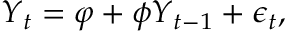
\boldsymbol { Y } _ { t } = \boldsymbol { \varphi } + \boldsymbol { \phi } \boldsymbol { Y } _ { t - 1 } + \boldsymbol { \epsilon } _ { t } ,